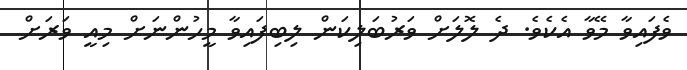
ވެފައިވާ މޭވާ އެކެވެ. ދެ ލޮލަށް ވަރުބަލިކަން ލިބިފައިވާ މީހުންނަށް މިއީ ވަރަށް